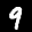
Label: 9